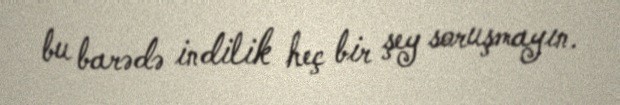
bu barədə indilik heç bir şey soruşmayın.